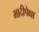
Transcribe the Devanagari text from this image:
मादीपेक्षा